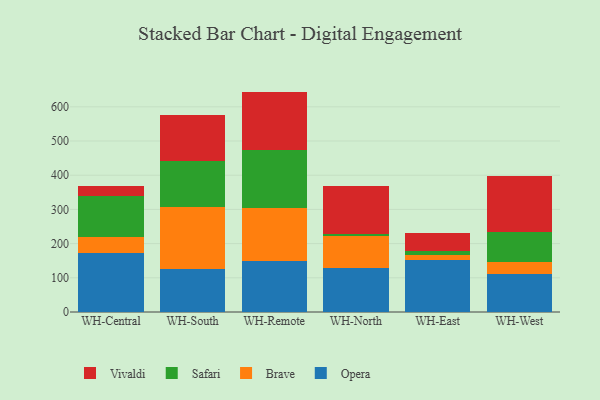
{"axis": {"x": "Warehouse", "y": "Waste Production (Tons)"}, "legend": ["Brave", "Opera", "Safari", "Vivaldi"], "data": [{"x": "WH-Central", "y": 171.1, "type": "Opera"}, {"x": "WH-Central", "y": 48.1, "type": "Brave"}, {"x": "WH-Central", "y": 121.0, "type": "Safari"}, {"x": "WH-Central", "y": 29.3, "type": "Vivaldi"}, {"x": "WH-South", "y": 126.5, "type": "Opera"}, {"x": "WH-South", "y": 179.7, "type": "Brave"}, {"x": "WH-South", "y": 134.5, "type": "Safari"}, {"x": "WH-South", "y": 135.4, "type": "Vivaldi"}, {"x": "WH-Remote", "y": 150.5, "type": "Opera"}, {"x": "WH-Remote", "y": 153.4, "type": "Brave"}, {"x": "WH-Remote", "y": 171.2, "type": "Safari"}, {"x": "WH-Remote", "y": 169.4, "type": "Vivaldi"}, {"x": "WH-North", "y": 129.8, "type": "Opera"}, {"x": "WH-North", "y": 92.3, "type": "Brave"}, {"x": "WH-North", "y": 7.1, "type": "Safari"}, {"x": "WH-North", "y": 138.2, "type": "Vivaldi"}, {"x": "WH-East", "y": 152.1, "type": "Opera"}, {"x": "WH-East", "y": 15.9, "type": "Brave"}, {"x": "WH-East", "y": 9.5, "type": "Safari"}, {"x": "WH-East", "y": 53.2, "type": "Vivaldi"}, {"x": "WH-West", "y": 109.7, "type": "Opera"}, {"x": "WH-West", "y": 35.5, "type": "Brave"}, {"x": "WH-West", "y": 89.6, "type": "Safari"}, {"x": "WH-West", "y": 162.1, "type": "Vivaldi"}]}